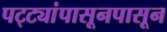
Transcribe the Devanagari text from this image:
पट्ट्यांपासूनपासून